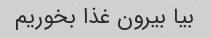
بیا بیرون غذا بخوریم